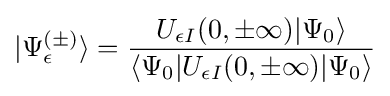
|\Psi _{\epsilon }^{(\pm )}\rangle ={\frac {U_{\epsilon I}(0,\pm \infty )|\Psi _{0}\rangle }{\langle \Psi _{0}|U_{\epsilon I}(0,\pm \infty )|\Psi _{0}\rangle }}